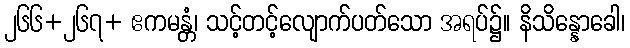
၂၆၆+၂၆၇+ ဧကမန္တံ၊ သင့်တင့်လျောက်ပတ်သော အရပ်၌။ နိသိန္နောခေါ၊